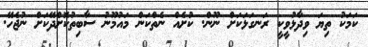
ކަމަކު ތިޔަ ވިދާޅުވީކީ ރަނގަޅަކަށް ނޫން. ކުށެއް ނެތްކަން މައުމޫނު ސާބިތުކޮށްދޭކަށް ނުޖެހޭ.